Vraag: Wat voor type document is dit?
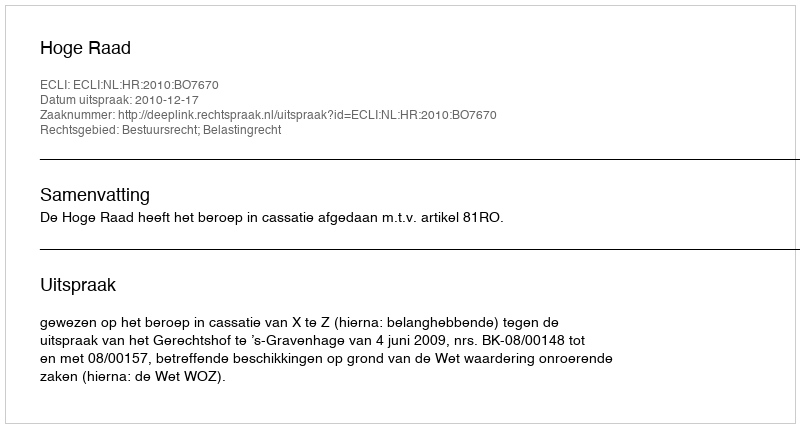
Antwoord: Uitspraak